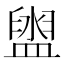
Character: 盥